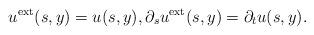
LaTeX: \begin{align*}u^{\rm ext} (s,y) = u(s,y), \partial_s u^{\rm ext} (s,y) = \partial_t u(s,y).\end{align*}